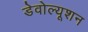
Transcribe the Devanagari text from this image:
डेवोल्यूशन